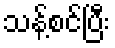
သန့်စင်ပြီး